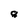
Character: g